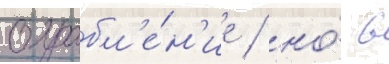
ограбл'е́н'ие / но́ в